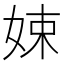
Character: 娕